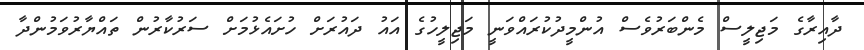
ދާއިރާގެ މަޖިލީސް މެންބަރުވެސް އުންމީދުކުރައްވަނީ މަޖިލީހުގެ އައު ދައުރަށް ހުށައެޅުމަށް ސަރުކާރުން ތައްޔާރުވަމުންދާ